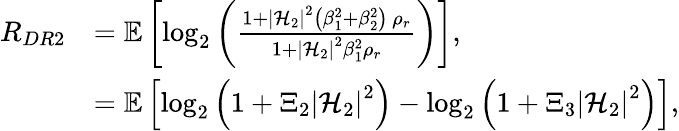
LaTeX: \begin{array}{rl}{{R}_{DR2}}&{=\mathbb{E}\left[\log_{2}\left(\frac{1+\left|\mathcal{H}_{2}\right|^{2}\left(\beta_{1}^{2}+\beta_{2}^{2}\right)\, \rho_{r}}{1+\left|\mathcal{H}_{2}\right|^{2}\beta_{1}^{2}\rho_{r}}\right)\right],}\\ &{=\mathbb{E}\left[\log_{2}\left(1+\Xi_{2}\left|\mathcal{H}_{2}\right|^{2}\right)-\log_{2}\left(1+\Xi_{3}\left|\mathcal{H}_{2}\right|^{2}\right)\right],}\end{array}